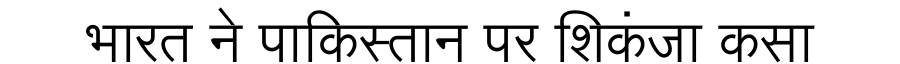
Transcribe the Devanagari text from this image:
भारत ने पाकिस्तान पर शिकंजा कसा